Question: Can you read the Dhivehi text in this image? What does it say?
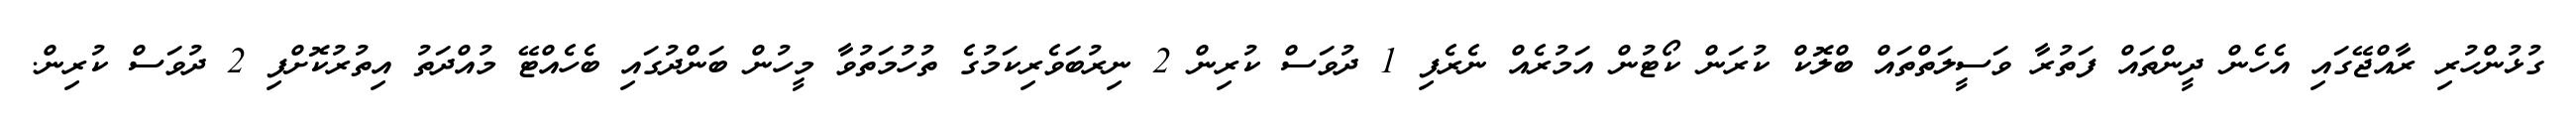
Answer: ގުޅުންހުރި ރާއްޖޭގައި އެހެން ދީންތައް ފަތުރާ ވަސީލަތްތައް ބްލޮކް ކުރަން ކޯޓުން އަމުރެއް ނެރެފި 1 ދުވަސް ކުރިން 2 ނިރުބަވެރިކަމުގެ ތުހުމަތުވާ މީހުން ބަންދުގައި ބެހެއްޓޭ މުއްދަތު އިތުރުކޮށްފި 2 ދުވަސް ކުރިން.